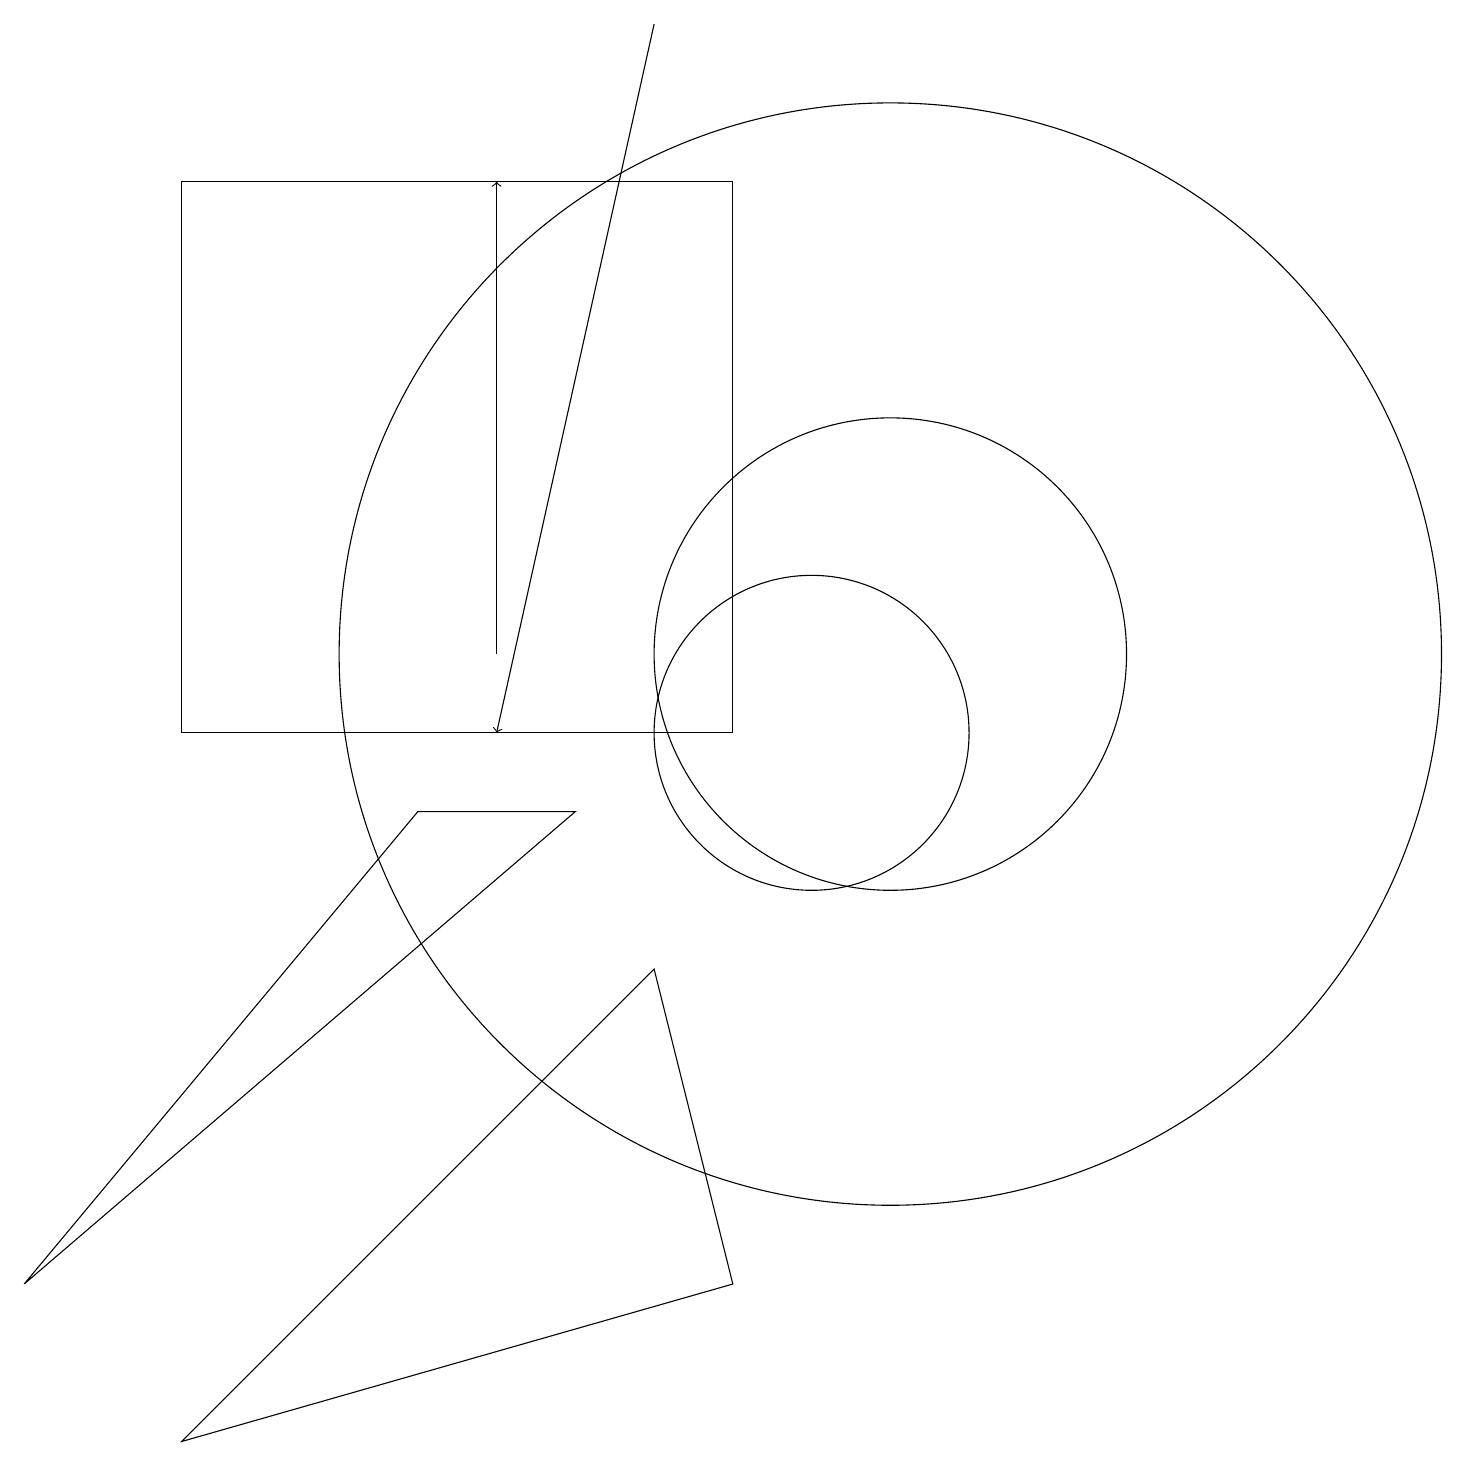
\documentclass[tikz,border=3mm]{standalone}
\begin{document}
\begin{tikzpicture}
\draw (2,10) rectangle (9,17);
\draw (11,11) circle (3);
\draw[->] (6,11) -- (6,17);
\draw (11,11) circle (7);
\draw (10,10) circle (2);
\draw[->] (8,19) -- (6,10);
\draw (0,3) -- (5,9) -- (7,9) -- cycle;
\draw (8,7) -- (2,1) -- (9,3) -- cycle;
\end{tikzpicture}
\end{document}